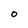
Character: O